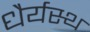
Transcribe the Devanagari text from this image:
धैर्यस्थ